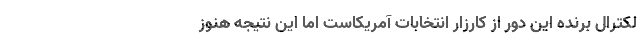
لکترال برنده این دور از کارزار انتخابات آمریکاست اما این نتیجه هنوز